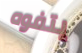
يتفوه